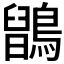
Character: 𪅉